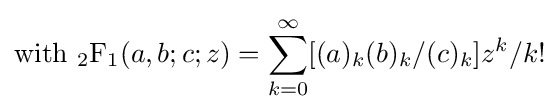
{\text{with }}{_{2}{\text{F}}_{1}}(a,b;c;z)=\sum _{k=0}^{\infty }[(a)_{k}(b)_{k}/(c)_{k}]z^{k}/k!